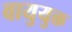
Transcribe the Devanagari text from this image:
वायुयुक्त